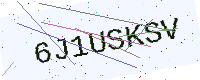
Text: 6J1USKSV